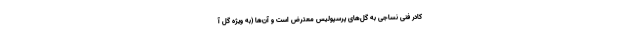
کادر فنی نساجی به گل‌های پرسپولیس معترض است و آن‌ها (به ویژه گل آ